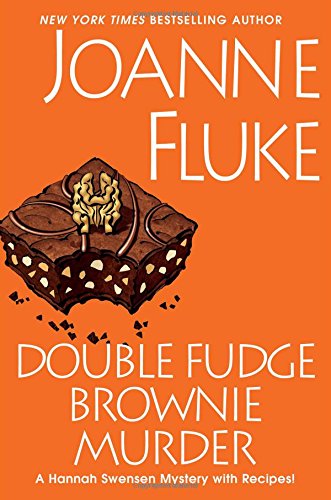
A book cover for Double Fudge Brownie Murder (A Hannah Swensen Mystery); Joanne Fluke; Mystery, Thriller & Suspense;